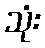
သုံး